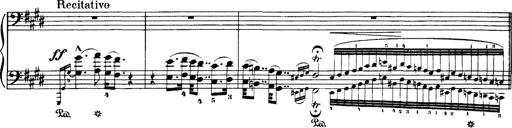
Title: Hungarian Rhapsody No.1
Composer: Franz Liszt
Key: C-sharp minor